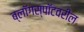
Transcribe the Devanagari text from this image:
ब्लॉगस्पॉटवरील